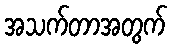
အသက်တာအတွက်